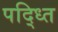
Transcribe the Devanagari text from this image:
पद्ध्ति